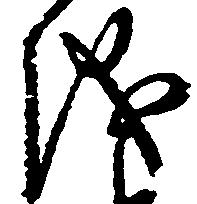
儀